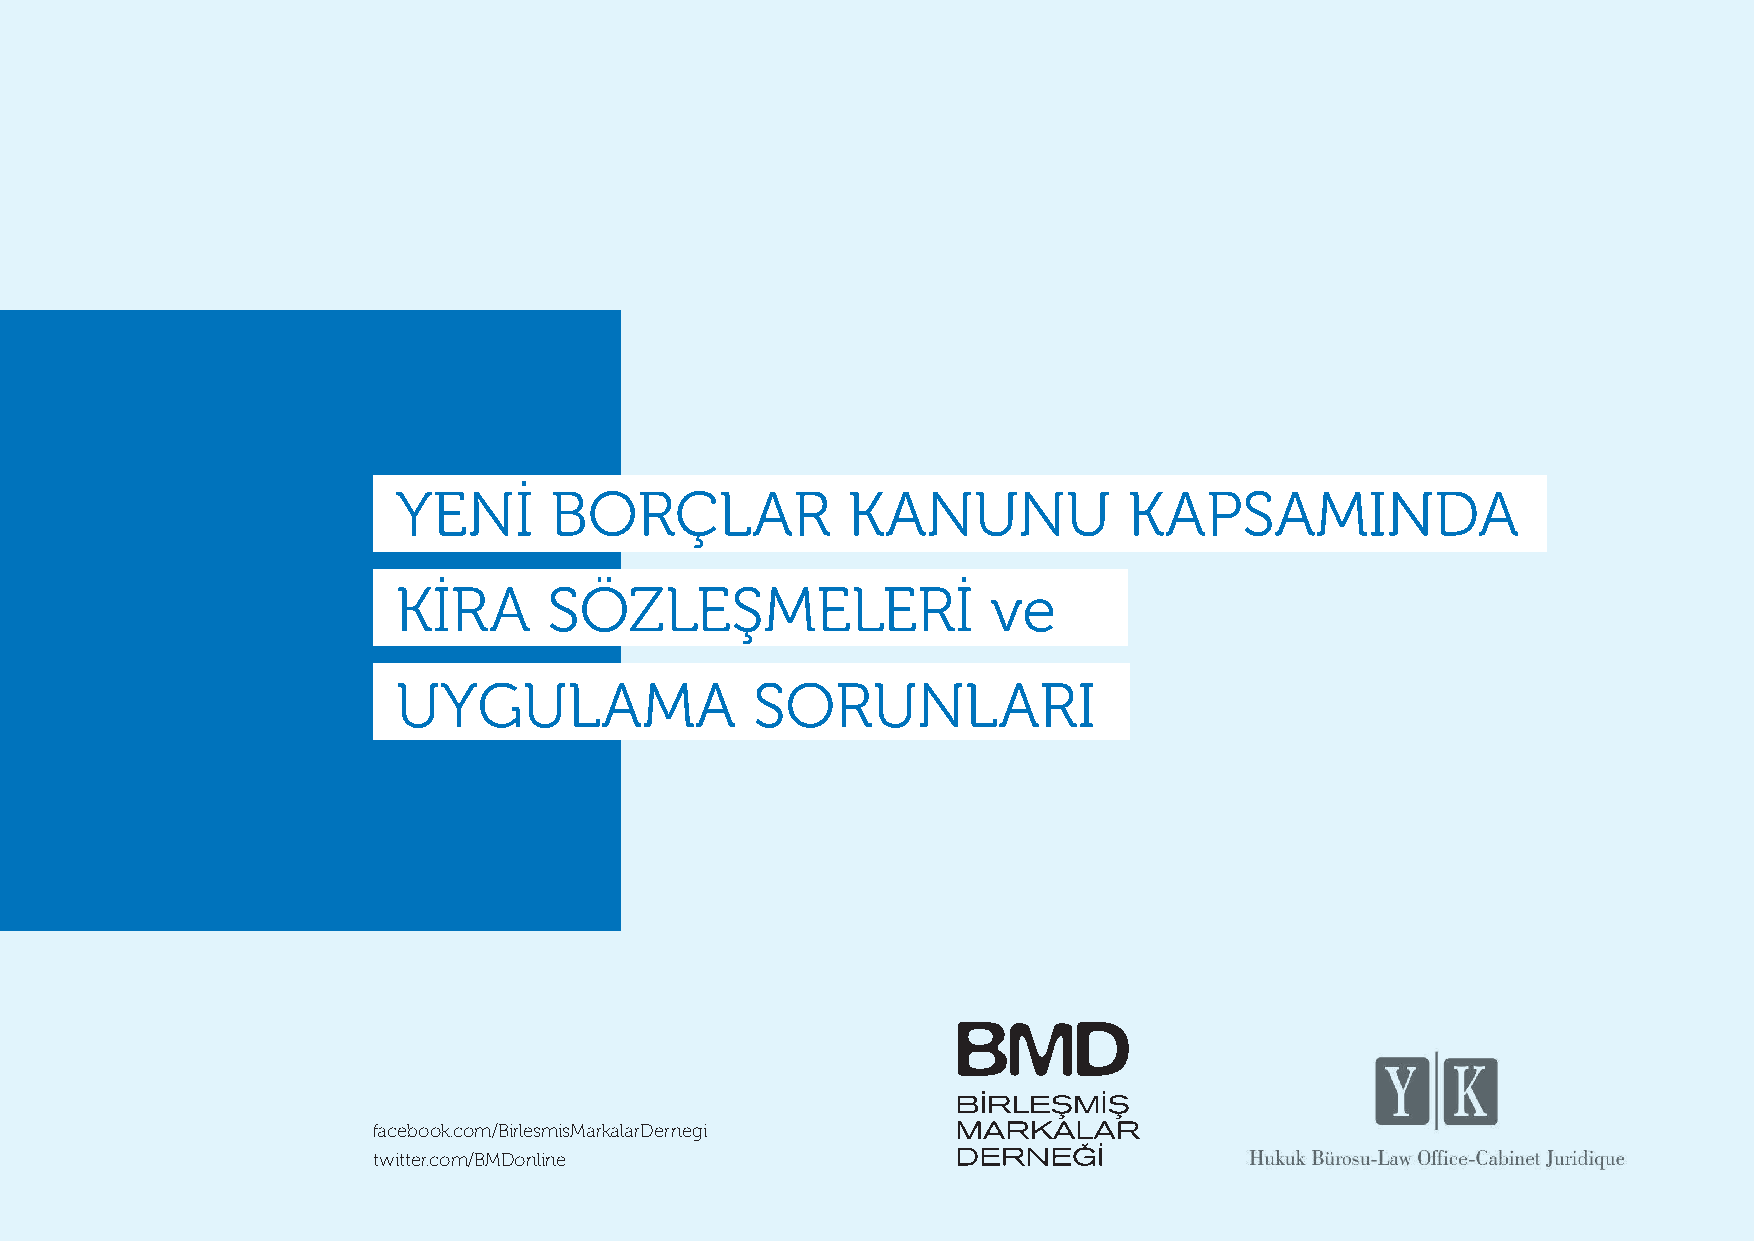
YENİ      BORÇLAR             KANUNU             KAPSAMINDA
 KİRA      SÖZLEŞMELERİ                  ve
 UYGULAMA                SORUNLARI
 facebook.com/BirlesmisMarkalarDernegi
 twitter.com/BMDonline